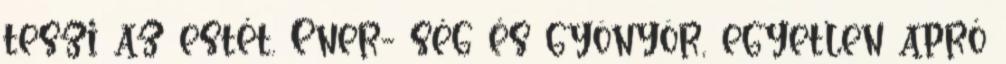
teszi az estét. Ener- ség és gyönyör, egyetlen apró